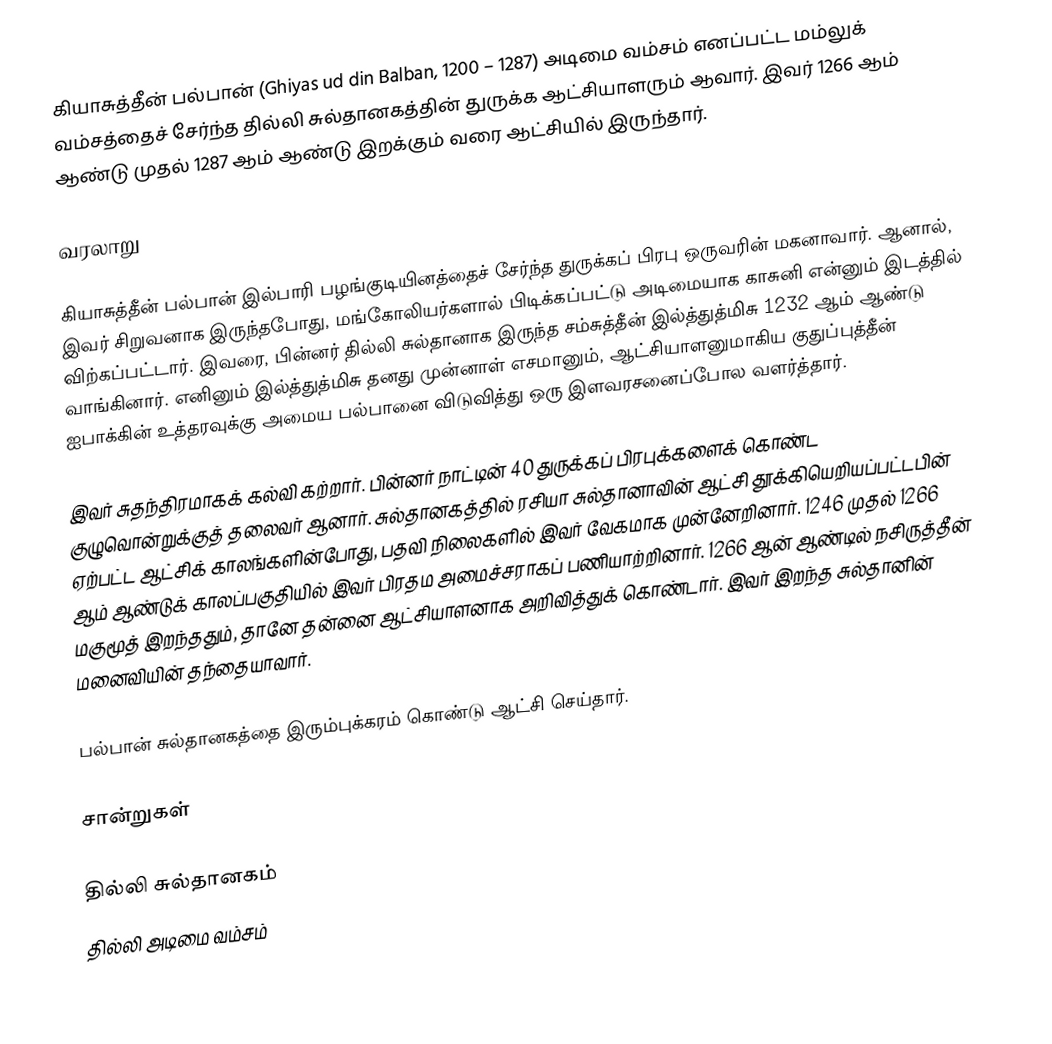
கியாசுத்தீன் பல்பான் (Ghiyas ud din Balban, 1200 – 1287) அடிமை வம்சம் எனப்பட்ட மம்லுக் வம்சத்தைச் சேர்ந்த தில்லி சுல்தானகத்தின் துருக்க ஆட்சியாளரும் ஆவார். இவர் 1266 ஆம் ஆண்டு முதல் 1287 ஆம் ஆண்டு இறக்கும் வரை ஆட்சியில் இருந்தார்.

வரலாறு

கியாசுத்தீன் பல்பான் இல்பாரி பழங்குடியினத்தைச் சேர்ந்த துருக்கப் பிரபு ஒருவரின் மகனாவார். ஆனால், இவர் சிறுவனாக இருந்தபோது, மங்கோலியர்களால் பிடிக்கப்பட்டு அடிமையாக காசுனி என்னும் இடத்தில் விற்கப்பட்டார். இவரை, பின்னர் தில்லி சுல்தானாக இருந்த சம்சுத்தீன் இல்த்துத்மிசு 1232 ஆம் ஆண்டு வாங்கினார். எனினும் இல்த்துத்மிசு தனது முன்னாள் எசமானும், ஆட்சியாளனுமாகிய குதுப்புத்தீன் ஐபாக்கின் உத்தரவுக்கு அமைய பல்பானை விடுவித்து ஒரு இளவரசனைப்போல வளர்த்தார்.

இவர் சுதந்திரமாகக் கல்வி கற்றார். பின்னர் நாட்டின் 40 துருக்கப் பிரபுக்களைக் கொண்ட குழுவொன்றுக்குத் தலைவர் ஆனார். சுல்தானகத்தில் ரசியா சுல்தானாவின் ஆட்சி தூக்கியெறியப்பட்டபின் ஏற்பட்ட ஆட்சிக் காலங்களின்போது, பதவி நிலைகளில் இவர் வேகமாக முன்னேறினார். 1246 முதல் 1266 ஆம் ஆண்டுக் காலப்பகுதியில் இவர் பிரதம அமைச்சராகப் பணியாற்றினார். 1266 ஆன் ஆண்டில் நசிருத்தீன் மகுமூத் இறந்ததும், தானே தன்னை ஆட்சியாளனாக அறிவித்துக் கொண்டார். இவர் இறந்த சுல்தானின் மனைவியின் தந்தையாவார்.

பல்பான் சுல்தானகத்தை இரும்புக்கரம் கொண்டு ஆட்சி செய்தார்.

சான்றுகள்

தில்லி சுல்தானகம்
தில்லி அடிமை வம்சம்